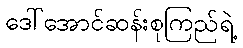
ဒေါ်အောင်ဆန်းစုကြည်ရဲ့